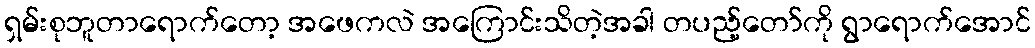
ရှမ်းစုဘူတာရောက်တော့ အဖေကလဲ အကြောင်းသိတဲ့အခါ တပည့်တော်ကို ရွာရောက်အောင်